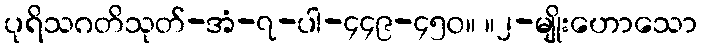
ပုရိသဂတိသုတ်-အံ-၇-ပါ-၄၄၉-၄၅၀။ ။၂-မျိုးဟောသော